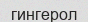
гингерол